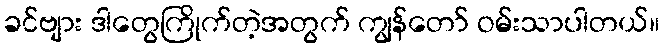
ခင်ဗျား ဒါတွေကြိုက်တဲ့အတွက် ကျွန်တော် ဝမ်းသာပါတယ်။